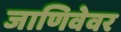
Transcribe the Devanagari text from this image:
जाणिवेवर